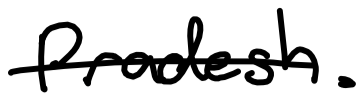
Text: Pradesh.
Cross-out: mix
Writing tool: digital_black